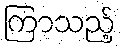
ကြာသည့်